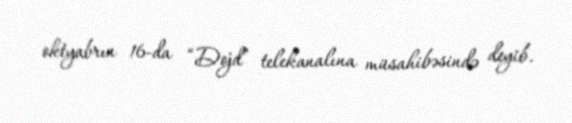
oktyabrın 16-da “Dojd” telekanalına müsahibəsində deyib.